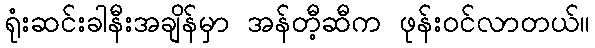
ရုံးဆင်းခါနီးအချိန်မှာ အန်တီ့ဆီက ဖုန်းဝင်လာတယ်။